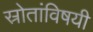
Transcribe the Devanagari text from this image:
स्रोतांविषयी